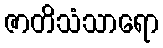
ဇာတိသံသာရော